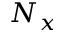
N _ { x }